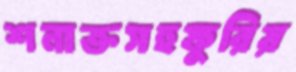
শনাক্তসহফুরিয়